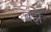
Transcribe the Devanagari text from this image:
बझे